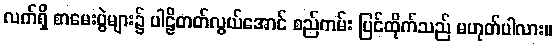
လက်ရှိ စာမေးပွဲများ၌ ပါဠိတတ်လွယ်အောင် စည်ကမ်း ပြင်ထိုက်သည် မဟုတ်ပါလား။